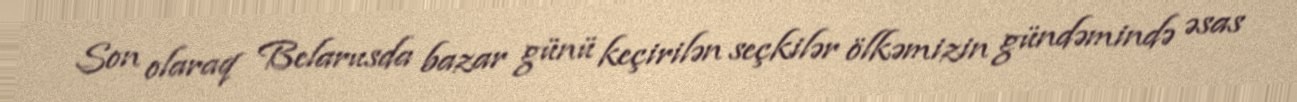
Son olaraq Belarusda bazar günü keçirilən seçkilər ölkəmizin gündəmində əsas